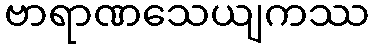
ဗာရာဏသေယျကဿ